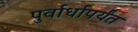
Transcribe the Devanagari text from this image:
पुर्वार्धापर्यंत